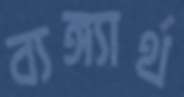
ব্যঙ্গ্যার্থ